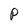
Character: P